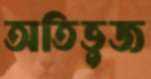
অতিভুজ